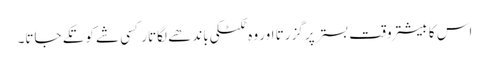
اس کا بیشتر وقت بستر پر گزرتا اور وہ ٹکٹکی باندھے لگاتار کسی شے کو تکے جاتا۔